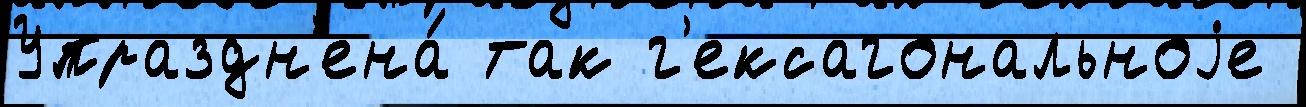
Упраздн'ена́ так г'ексагональноjе